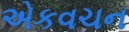
એકવચન